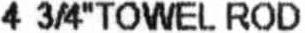
4 3/4"TOWEL ROD